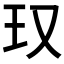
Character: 𪻍